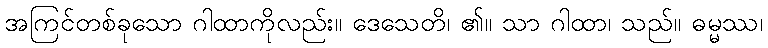
အကြင်တစ်ခုသော ဂါထာကိုလည်း။ ဒေသေတိ၊ ၏။ သာ ဂါထာ၊ သည်။ ဓမ္မဿ၊